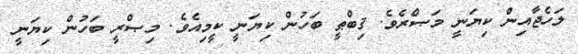
ލަހެޖާއިން ކިޔަނީ މަޞްރެވެ. ޤިބްޠީ ބަހުން ކިޔަނީ ކީމިއެވެ. މިޞްރީ ބަހުން ކިޔަނީ